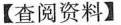
【查阅资料】